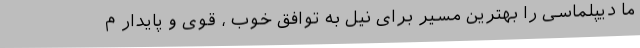
ما دیپلماسی را بهترین مسیر برای نیل به توافق خوب ، قوی و پایدار م